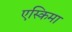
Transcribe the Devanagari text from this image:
एस्किमा